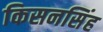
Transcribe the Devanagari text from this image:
किसनसिंह